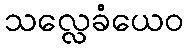
သလ္လေခံယေဝ